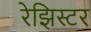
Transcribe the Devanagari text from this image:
रेझिस्टर